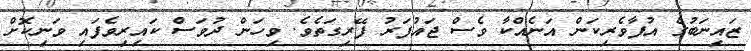
ޒައިނަބުގެ އުފާވެރިކަން އަނެއްކާ ވެސް ޖައުފަރު ފޭރިގަތެވެ. ވިހަން ދުވަސް ކައިރިވެފައި ވަނިކޮށް